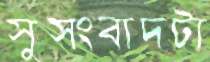
সুসংবাদটা